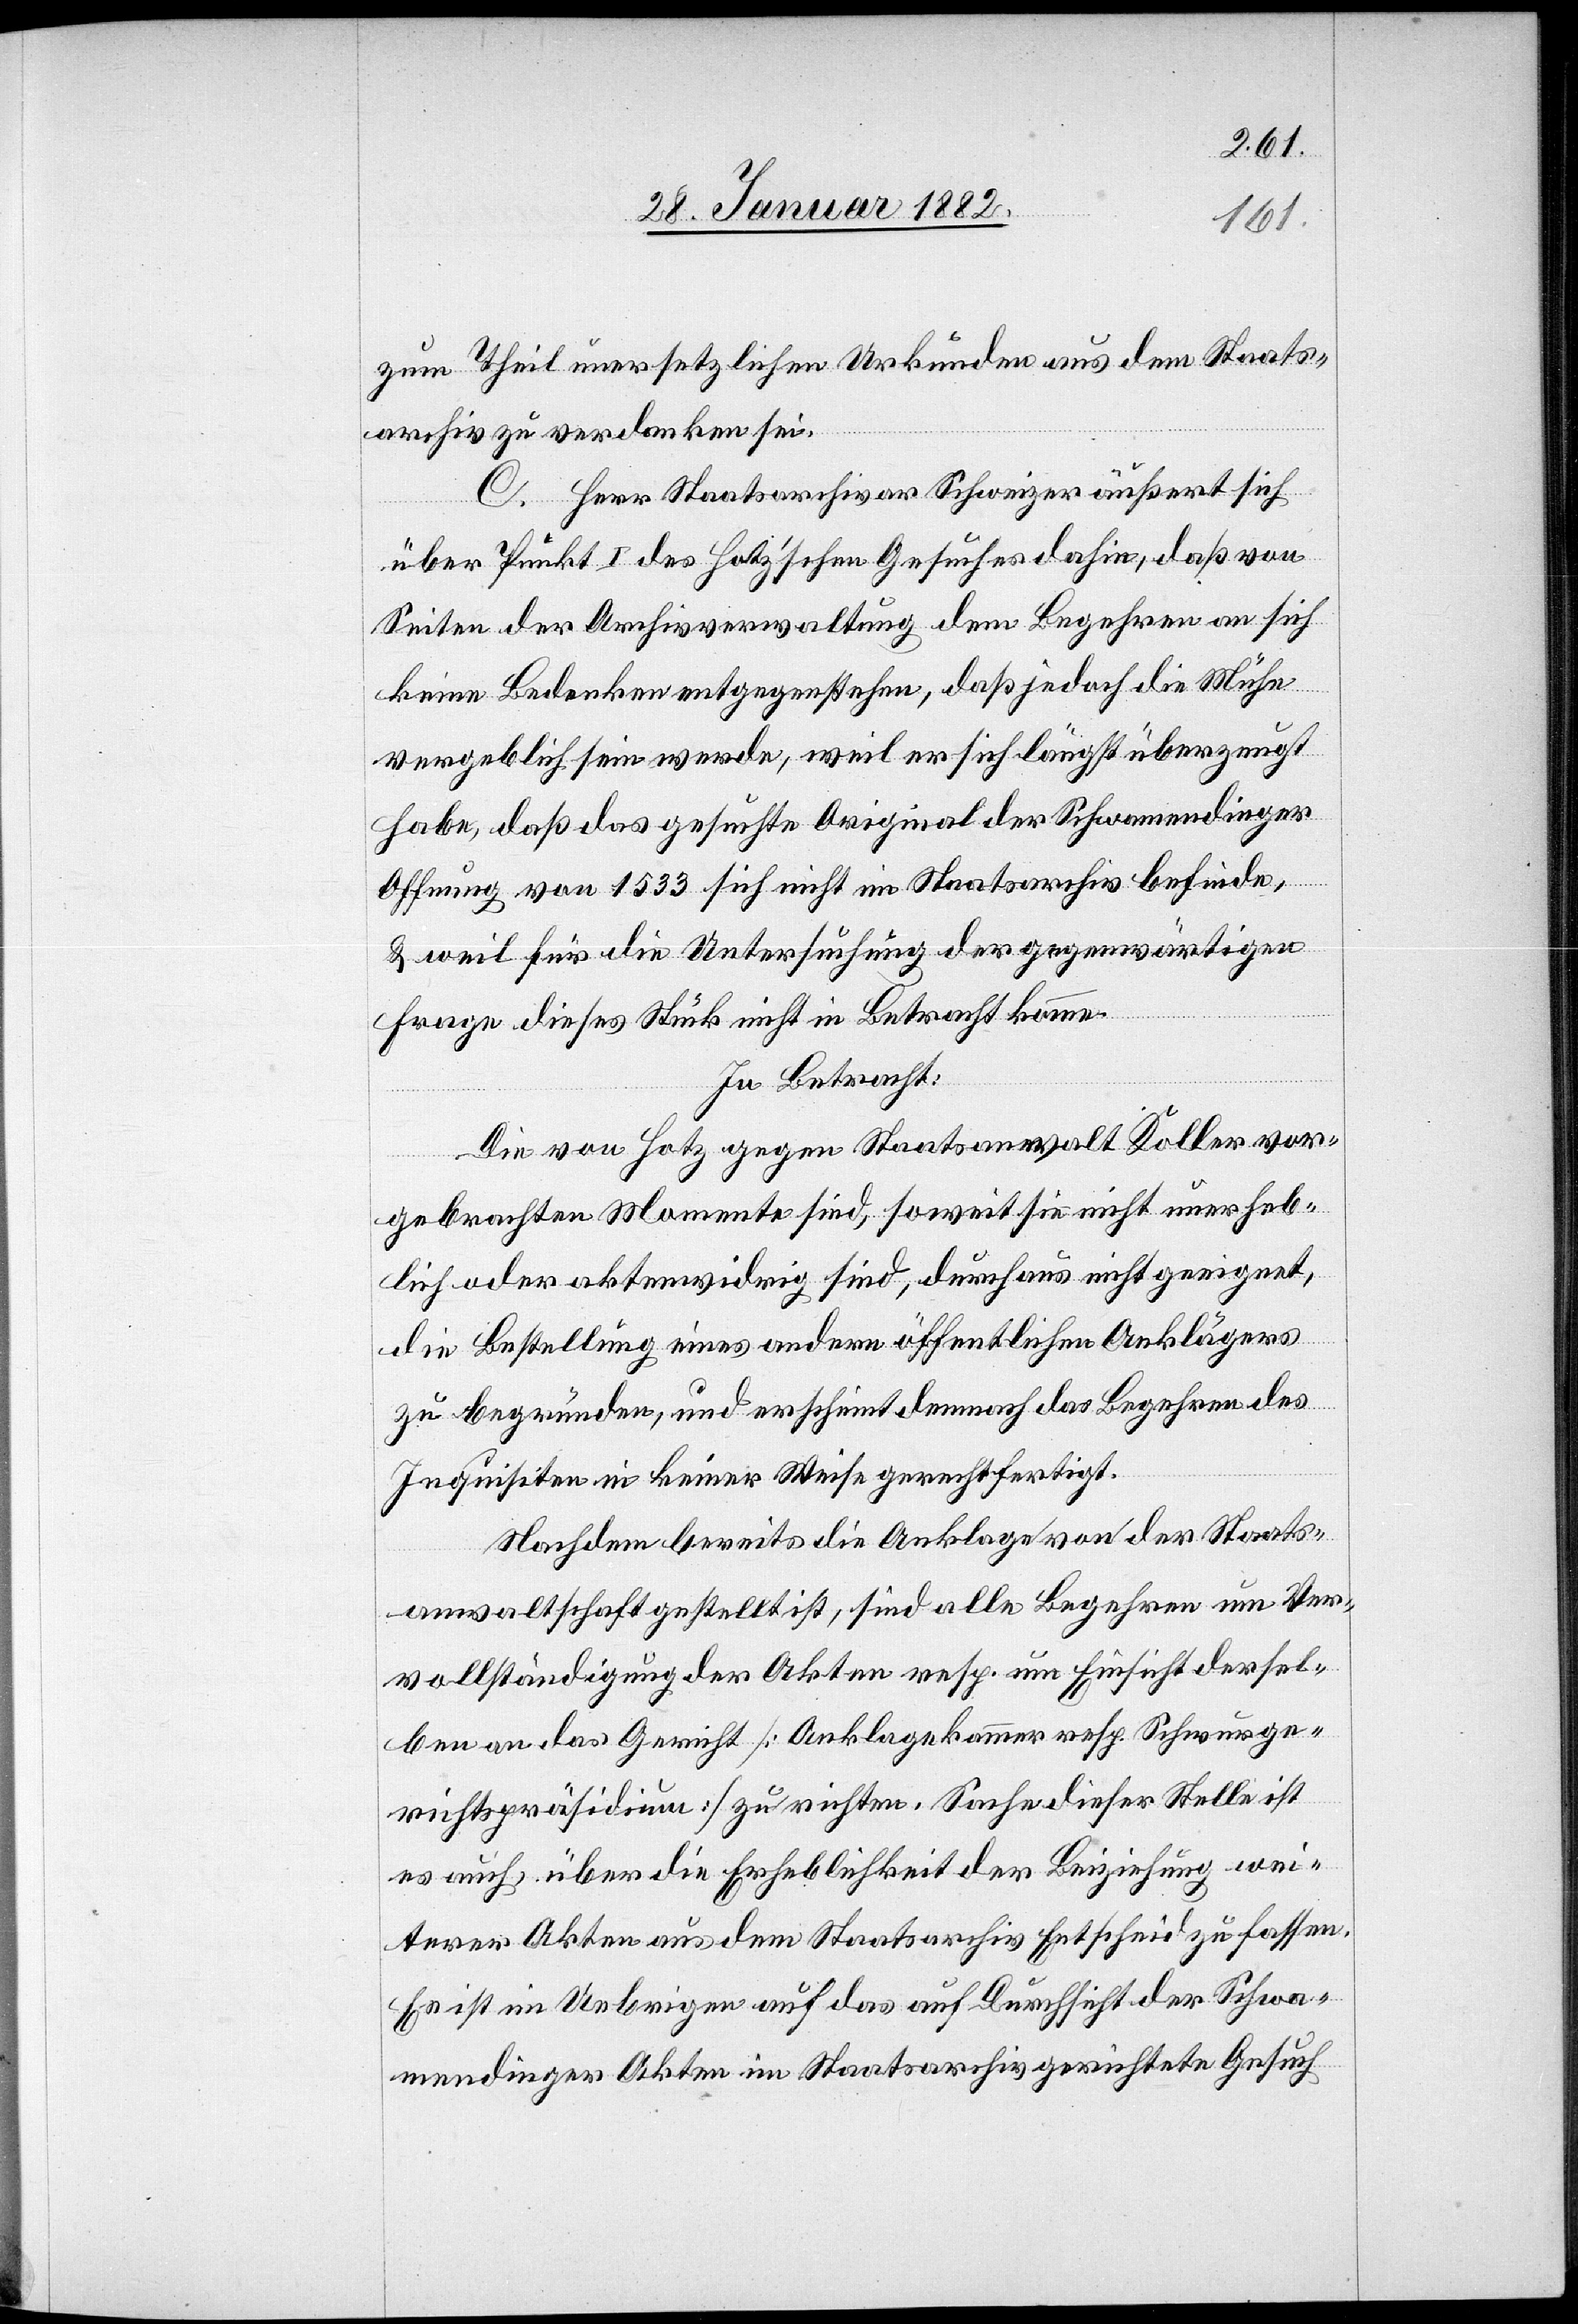
zum Theil unersetzlichen Urkunden aus dem Staats¬
archive zu verdanken sei.
C. Herr Staatsarchivar Schweizer äußerst sich
über Punkt I des Hotz’schen Gesuch dahin, daß von
Seiten der Archivverwaltung dem Begehren an sich
keine Bedenken entgegenstehen, daß jedoch die Mühe
vergeblich sein werde, weil er sich längst überzeugt
habe, daß das gesuchte Original der Schwammedinger
Offnung von 1533 sich nicht im Staatsarchiv befinde,
& weil für die Untersuchung der gegenwärtigen
Frage dieses Stück nicht in Betracht komme.
In Betracht:
Die von Hotz gegen Staatsanwalt Koller vor¬
gebrachten Momente sind, soweit sie nicht unerheb¬
lich oder aktenwidrig sind, durchaus nicht geeignet,
die Bestellung eines andern öffentlichen Anklägers
zu begründen, und erscheint demnach das Begehren des
Inquisiten in keiner Weise gerechtfertigt.
Nachdem bereits die Anklage von der Staats¬
anwaltschaft gestellt ist, sind alle Begehren um Ver¬
vollständigung der Akten resp. um Einsicht dersel¬
ben an das Gericht [Anklagekammer resp. Schwurge¬
richtspräsidium] zu richten. Sache dieser Stelle ist
es auch, über die Erheblichkeit der Beiziehung wei¬
terer Akten aus dem Staatsarchiv Entscheid zu fassen.
Es ist im Uebrigen auf das auf Durchsicht der Schwa¬
mmedinger Akten im Staatsarchiv gerichtete Gesuch